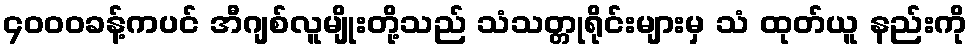
၄၀၀၀ခန့်ကပင် အီဂျစ်လူမျိုးတို့သည် သံသတ္တုရိုင်းများမှ သံ ထုတ်ယူ နည်းကို